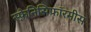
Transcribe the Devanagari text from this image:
स्फ़ेनिसिफॉरमीस